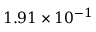
1 . 9 1 \times 1 0 ^ { - 1 }